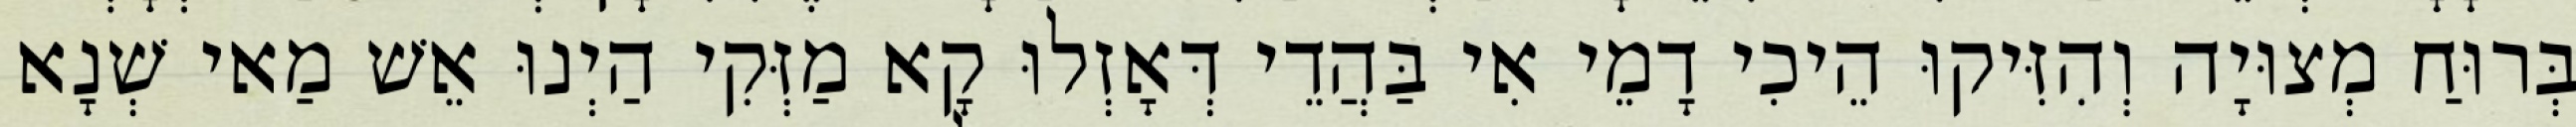
בְּרוּחַ מְצוּיָה וְהִזִּיקוּ הֵיכִי דָמֵי אִי בַּהֲדֵי דְּאָזְלוּ קָא מַזְּקִי הַיְנוּ אֵשׁ מַאי שְׁנָא